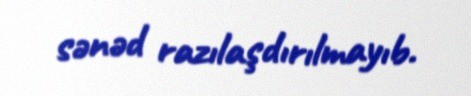
sənəd razılaşdırılmayıb.